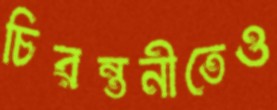
চিরন্তনীতেও